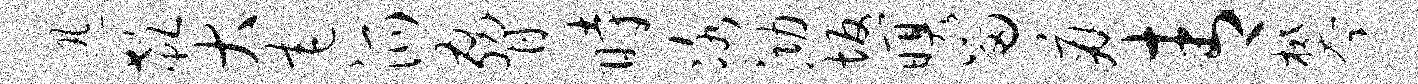
迅欷大宅派胁时冰泐坂暝留痛青攀